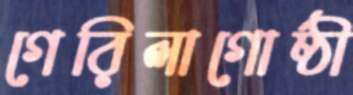
গেরিলাগোষ্ঠী